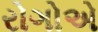
રોગોએ